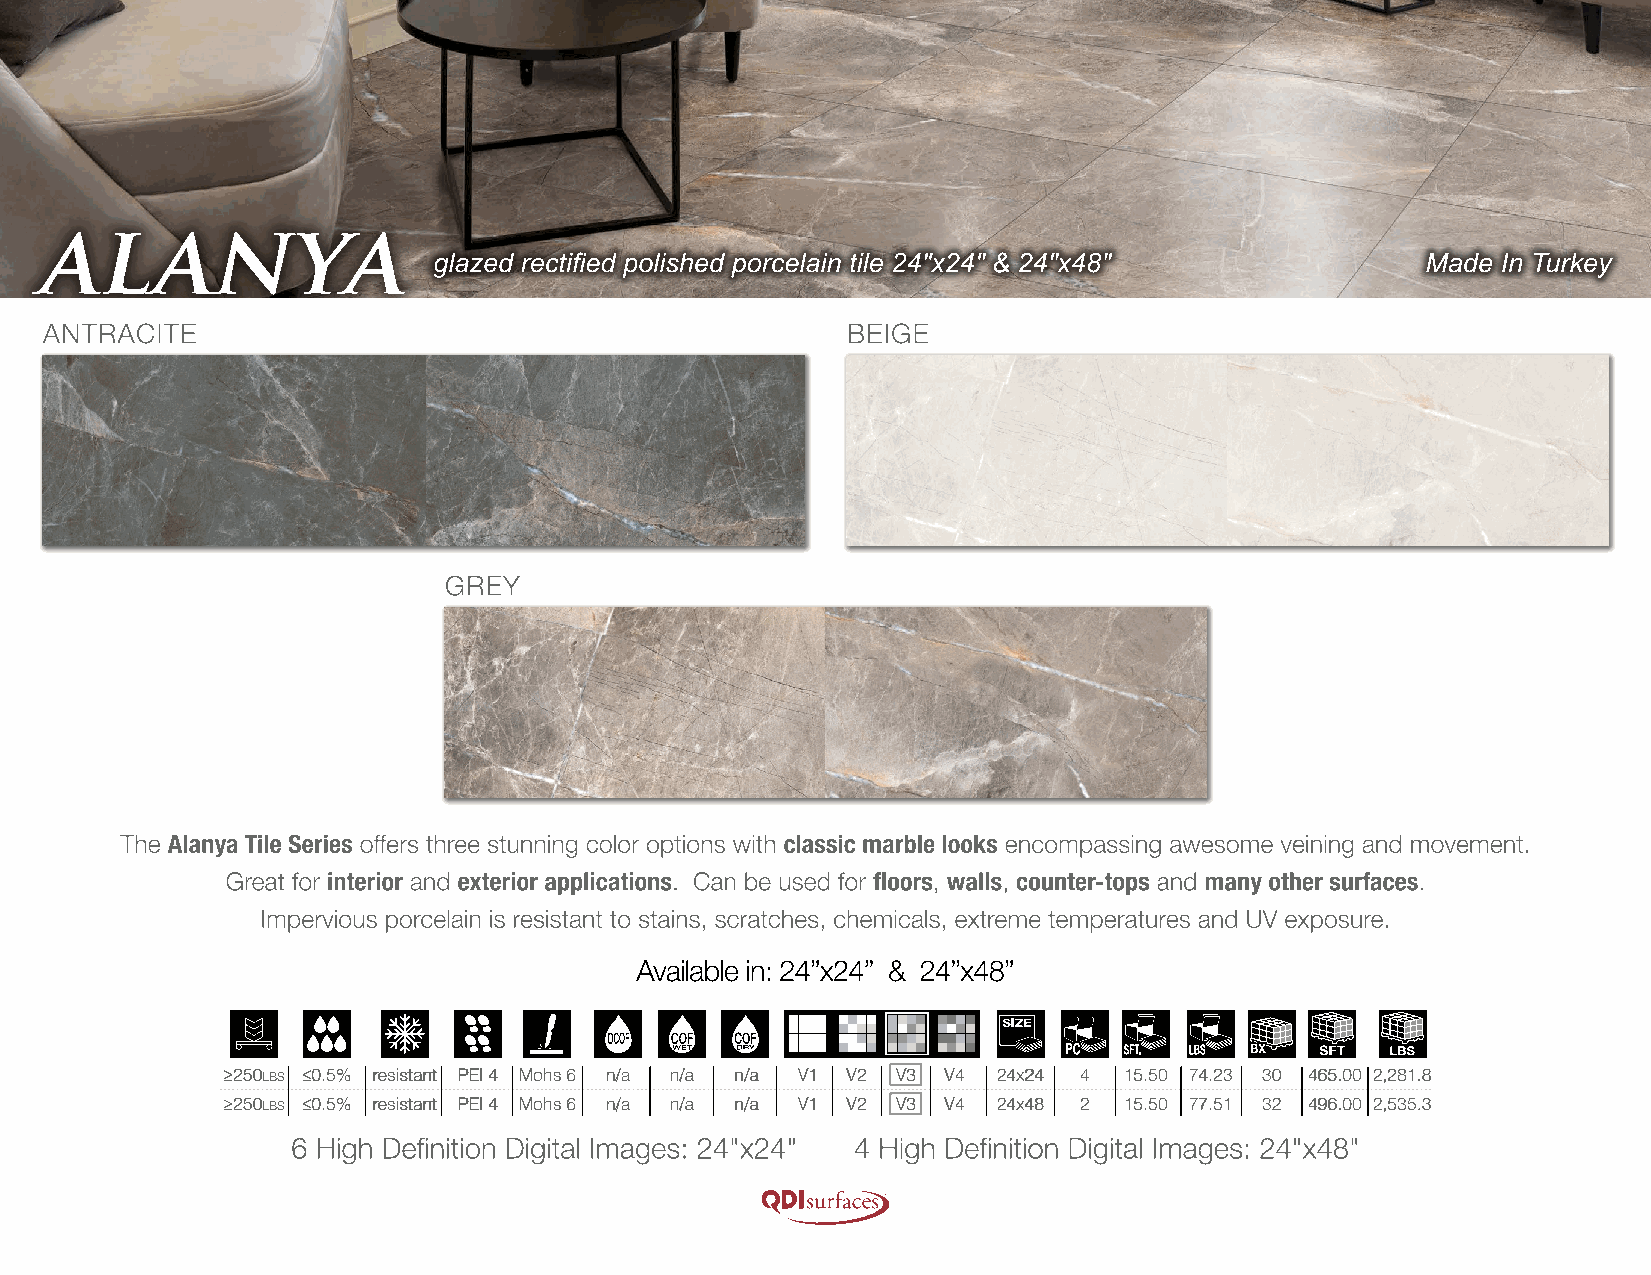
≥250lbs ≤0.5% resistant PEI 4 Mohs 6 n/a n/a n/a V1 V2 V3 V4 24x24 4 15.50 74.23 30 465.00 2,281.8
 ≥250lbs ≤0.5% resistant PEI 4 Mohs 6 n/a n/a n/a V1 V2 V3 V4 24x48 2 15.50 77.51 32 496.00 2,535.3